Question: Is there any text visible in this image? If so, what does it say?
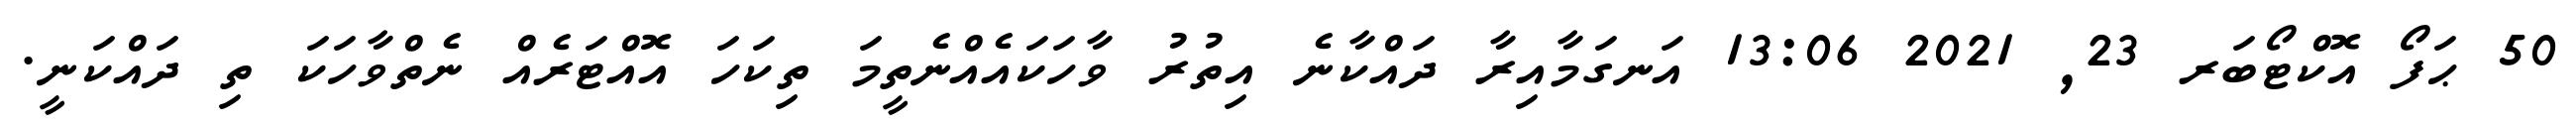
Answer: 50 ޙަފޯ އޮކްޓޯބަރ 23, 2021 13:06 އަނގަމާއިރާ ދައްކާނެ އިތުރު ވާހަކައެއްނެތީމަ ތިކަހަ އޮއްޓަރެއް ނެތްވާހަކަ ތި ދައްކަނީ.